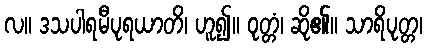
လ။ ဒသပါရမီပုရယာတိ၊ ဟူ၍။ ဝုတ္တံ၊ ဆို၏။ သာရိပုတ္တ၊